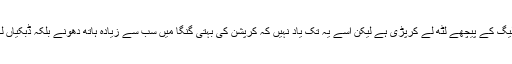
آج پیپلزپارٹی ، پاناما پیپرز کابہانہ بناکر نوازلیگ کے پیچھے لَٹھ لے کرپڑی ہے لیکن اُسے یہ تک یاد نہیں کہ کرپشن کی بہتی گنگا میں سب سے زیادہ ہاتھ دھونے بلکہ ڈبکیاں لگانے والے تواُسی کے بزعمِ خویش لیڈران ہیں۔